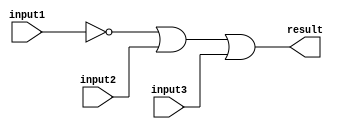
/******************************************************************************
 ** Logisim-evolution goes FPGA automatic generated Verilog code             **
 ** https://github.com/logisim-evolution/                                    **
 **                                                                          **
 ** Component : OR_GATE_3_INPUTS                                             **
 **                                                                          **
 *****************************************************************************/

module OR_GATE_3_INPUTS( input1,
                         input2,
                         input3,
                         result );

   /*******************************************************************************
   ** Here all module parameters are defined with a dummy value                  **
   *******************************************************************************/
   parameter [64:0] BubblesMask = 1;

   /*******************************************************************************
   ** The inputs are defined here                                                **
   *******************************************************************************/
   input input1;
   input input2;
   input input3;

   /*******************************************************************************
   ** The outputs are defined here                                               **
   *******************************************************************************/
   output result;

   /*******************************************************************************
   ** The wires are defined here                                                 **
   *******************************************************************************/
   wire s_realInput1;
   wire s_realInput2;
   wire s_realInput3;

   /*******************************************************************************
   ** The module functionality is described here                                 **
   *******************************************************************************/

   /*******************************************************************************
   ** Here the bubbles are processed                                             **
   *******************************************************************************/
   assign  s_realInput1 = (BubblesMask[0] == 1'b0) ? input1 : ~input1;
   assign  s_realInput2 = (BubblesMask[1] == 1'b0) ? input2 : ~input2;
   assign  s_realInput3 = (BubblesMask[2] == 1'b0) ? input3 : ~input3;

   /*******************************************************************************
   ** Here the functionality is defined                                          **
   *******************************************************************************/
   assign result = s_realInput1|
                   s_realInput2|
                   s_realInput3;

endmodule